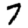
Digit: 7